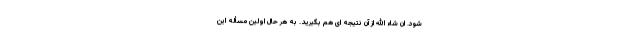
شود. ان شاء الله از آن نتیجه ای هم بگیرید. به هر حال اولین مسأله این